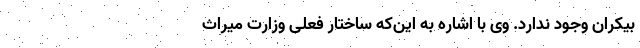
بیکران وجود ندارد. وی با اشاره به این‌که ساختار فعلی وزارت میراث